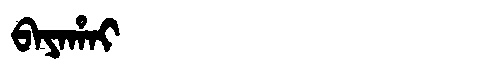
Manchu: ᠪᠠᠶᠠᡥᠠᡳ
Romanization: BAYAHAI